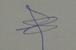
Signature authenticity: genuine